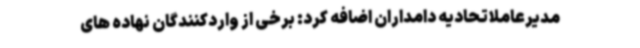
مدیرعاملاتحادیه دامداران اضافه کرد: برخی از واردکنندگان نهاده های